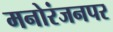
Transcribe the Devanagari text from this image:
मनोरंजनपर